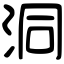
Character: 洞